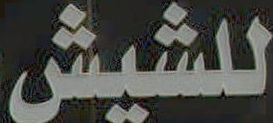
للشيش